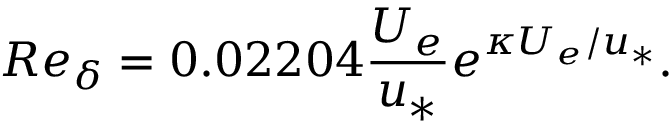
R e _ { \delta } = 0 . 0 2 2 0 4 \frac { U _ { e } } { u _ { * } } e ^ { \kappa U _ { e } / u _ { * } } .